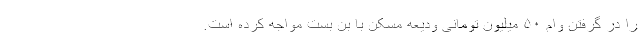
را در گرفتن وام ۵۰ میلیون تومانی ودیعه مسکن با بن بست مواجه کرده است.